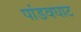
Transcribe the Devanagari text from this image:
पांडवघाट